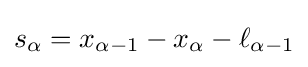
s_{\alpha }=x_{\alpha -1}-x_{\alpha }-\ell _{\alpha -1}